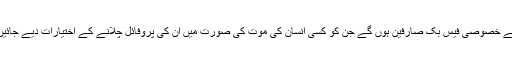
یہ ایسے خصوصی فیس بک صارفین ہوں گے جن کو کسی انسان کی موت کی صورت میں ان کی پروفائل چلانے کے اختیارات دیے جائیں گے۔